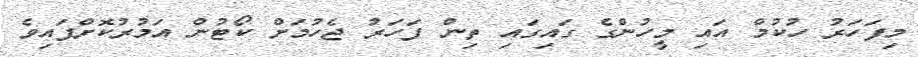
މިފަަަހަރު ހުކުމް އައި މީހުންގެ ގައިގައި ތިން ފަހަރު ޖެހުމަށް ކޯޓުން އަމުރުކޮށްފައިވެ